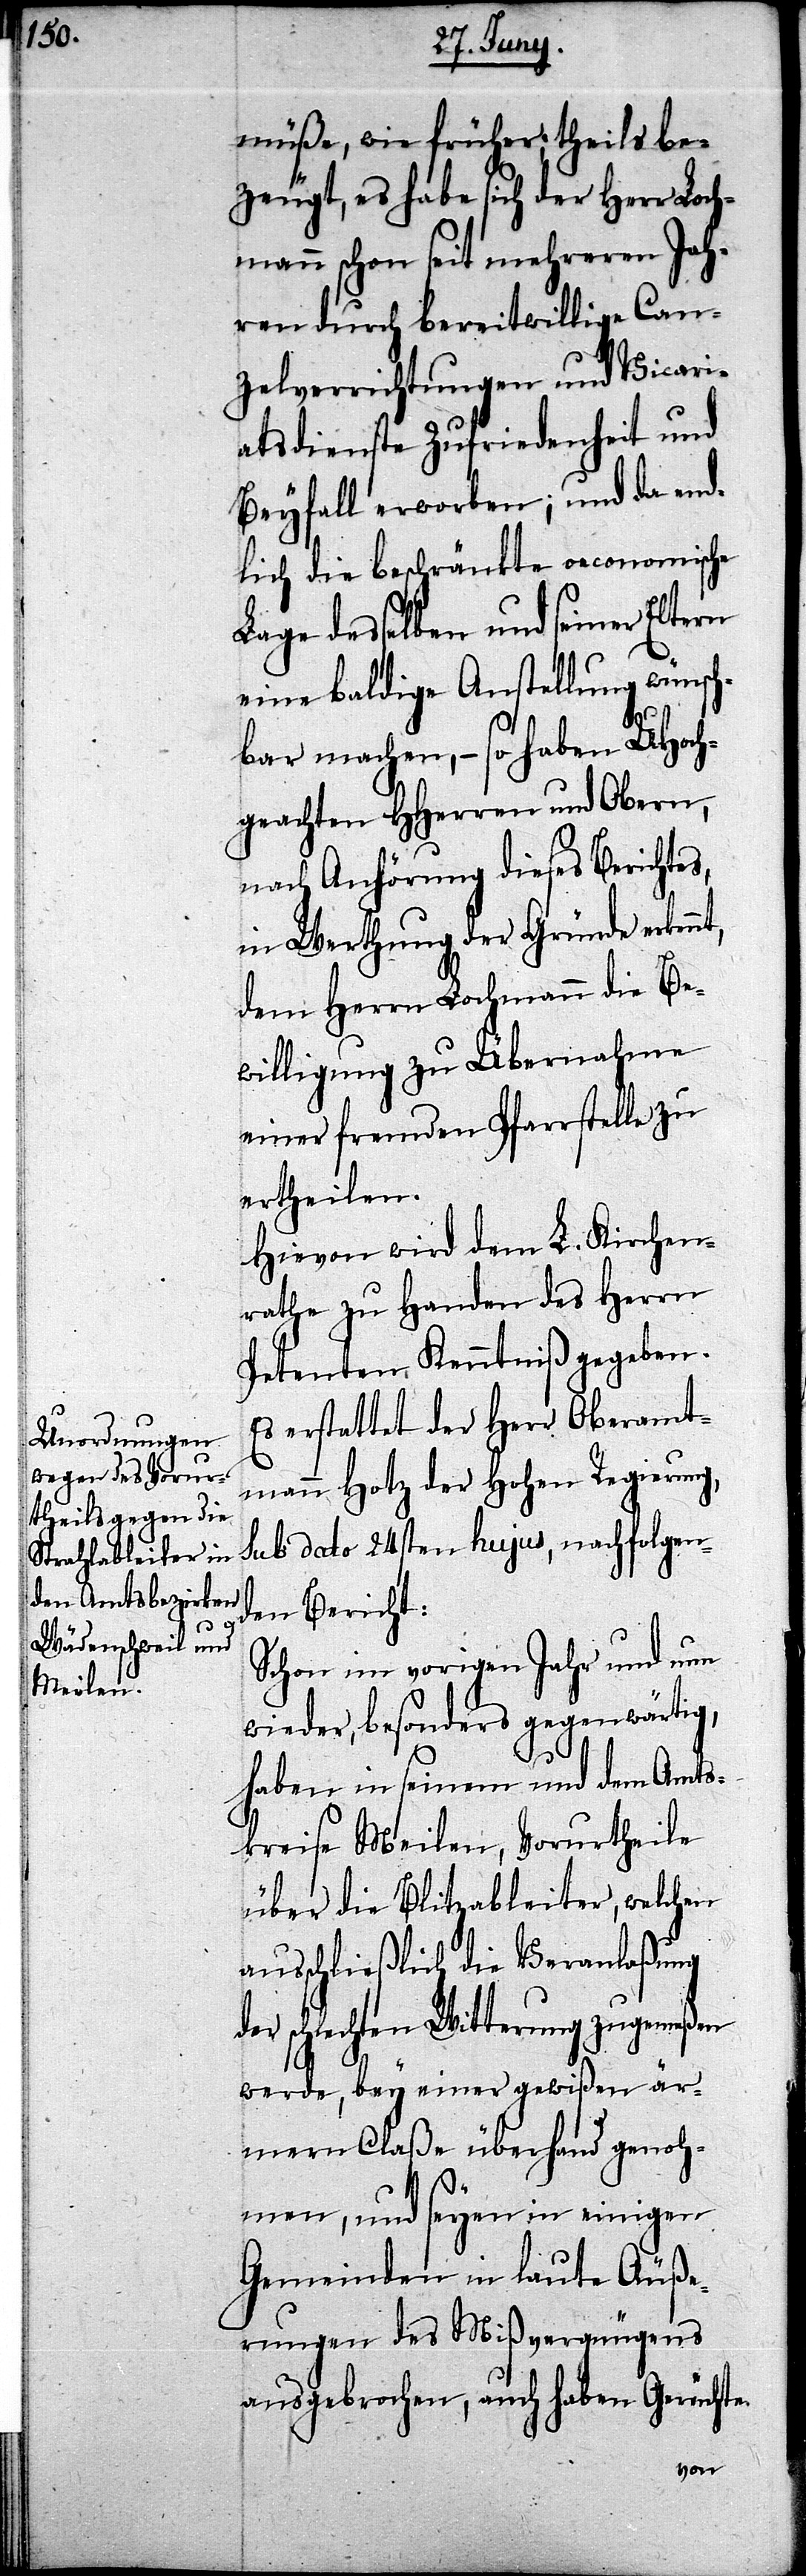
müße, wie früher; theils be¬
zeugt, es habe sich der Herr Loch¬
mann schon seit mehreren Jah¬
ren durch bereitwillige Can¬
zelverrichtungen und Vicari¬
atsdienste Zufriedenheit und
Beyfall erworben; und da end¬
lich die beschränkte oeconomische
Lage desselben und seiner Eltern
eine baldige Anstellung wünsch¬
bar machen, – so haben UHoch¬
geachten HHerren und Obern,
nach Anhörung dieses Berichtes,
in Werthung der Gründe erkennt,
dem Herrn Lochmann die Be¬
willigung zu Übernahme
einer fremden Pfarrstelle zu
ertheilen.
Hievon wird dem L. Kirchen¬
rathe zu Handen des Herrn
Petenten Kenntniß gegeben.
Es erstattet der Herr Oberamt¬
mann Hotz der Hohen Regierung,
sub dato 24sten hujus, nachfolgen¬
den Bericht:
Schon im vorigen Jahr und nun
wieder, besonders gegenwärtig,
haben in seinem und dem Amts¬
kreise Meilen, Vorurtheile
über die Blitzableiter, welchen
ausschließlich die Veranlaßung
der schlechten Witterung zugemeßen
werde, bey einer gewißen är¬
mern Claße überhand genoh¬
men, und seyen in einigen
Gemeinden in laute Äuße¬
rungen des Mißvergnügens
ausgebrochen, auch haben Gerüchte